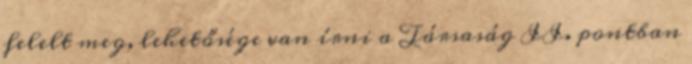
felelt meg, lehetősége van írni a Társaság II. pontban